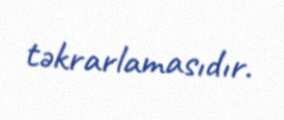
təkrarlamasıdır.